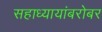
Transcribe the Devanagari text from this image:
सहाध्यायांबरोबर